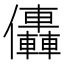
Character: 𠑭